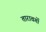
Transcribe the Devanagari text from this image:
तारावर्गो